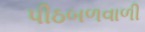
પીઠબળવાળી